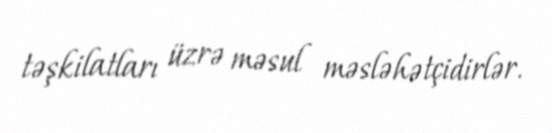
təşkilatları üzrə məsul məsləhətçidirlər.